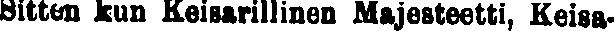
Sitten kun Keisarillinen Majesteetti, Keisa-